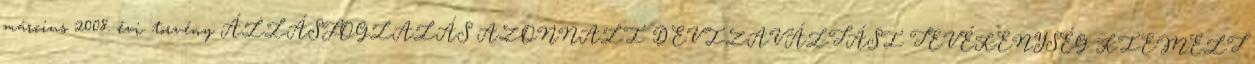
március 2008. évi. törvény ÁLLÁSFOGLALÁS AZONNALI DEVIZAVÁLTÁSI TEVÉKENYSÉG KIEMELT